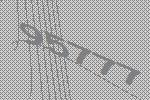
95777